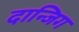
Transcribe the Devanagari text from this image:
दान्जिग